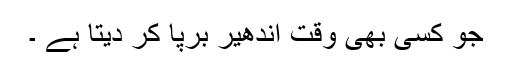
جو کسی بھی وقت اندھیر برپا کر دیتا ہے ۔